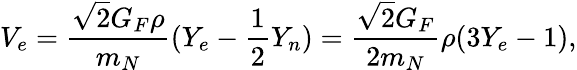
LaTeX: V_{e}=\frac{\sqrt{2}G_{F}\rho}{m_{N}}(Y_{e}-\frac{1}{2}Y_{n})=\frac{\sqrt{2}G_{F}}{2m_{N}}\rho(3Y_{e}-1),